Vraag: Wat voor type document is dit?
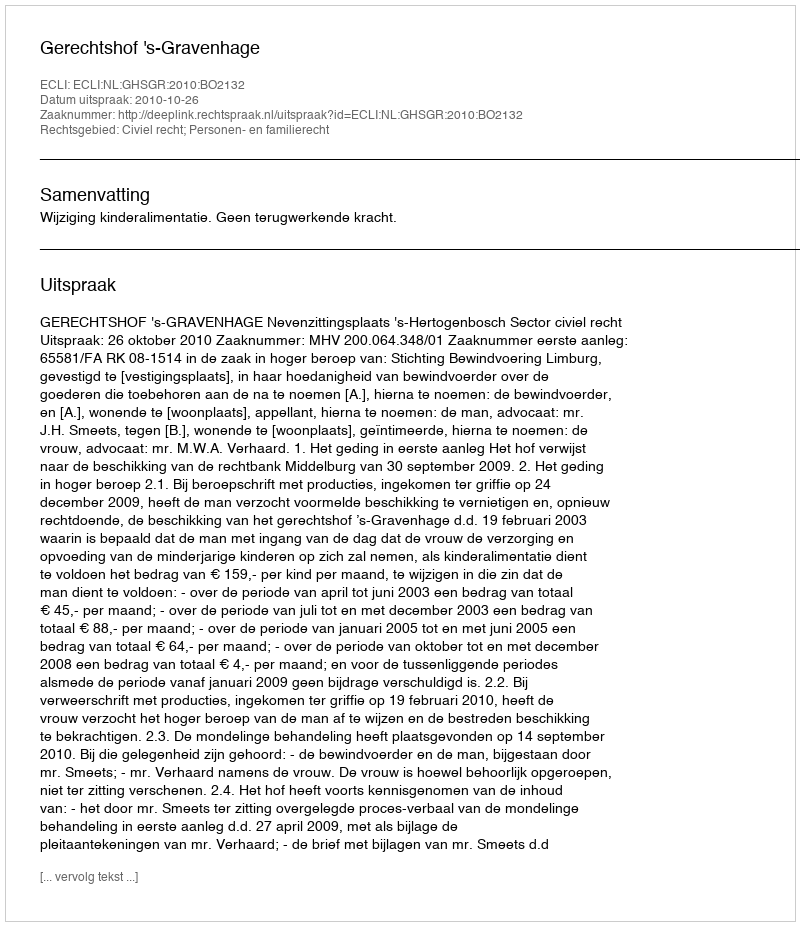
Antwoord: Uitspraak